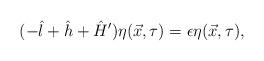
LaTeX: \begin{align*}(-\hat{l} + \hat{h} + \hat{H}' ) \eta (\vec{x},\tau) = \epsilon \eta (\vec{x},\tau),\end{align*}